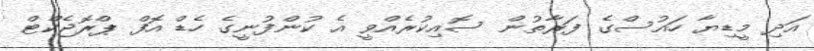
އަދި މީޑިޔާ ހައުސްގެ ފަރާތުން ސޮއިކުރެއްވީ އެ ކުންފުނީގެ ހެޑް އޮފް ޕްރޮޖެކްޓް